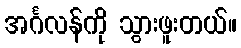
အင်္ဂလန်ကို သွားဖူးတယ်။